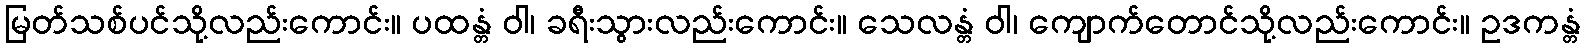
မြတ်သစ်ပင်သို့လည်းကောင်း။ ပထန္တံ ဝါ၊ ခရီးသွားလည်းကောင်း။ သေလန္တံ ဝါ၊ ကျောက်တောင်သို့လည်းကောင်း။ ဥဒကန္တံ